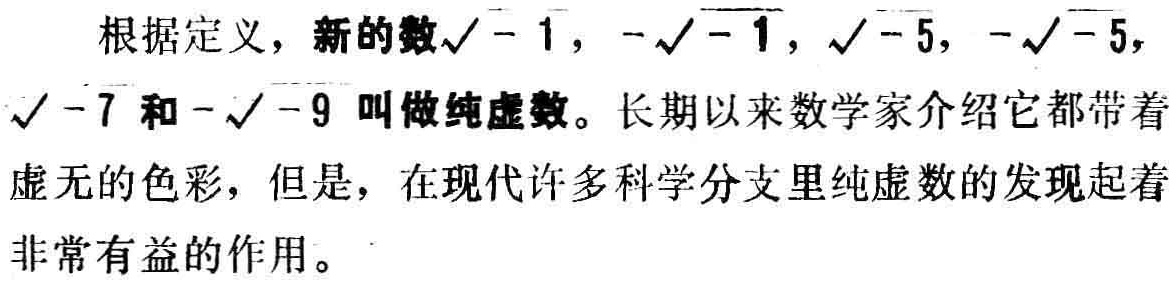
根据定义，新的数$\sqrt{-1}$，$-\sqrt{-1}$，$\sqrt{-5}$，$-\sqrt{-5}$，$\sqrt{-7}$和$-\sqrt{-9}$叫做纯虚数。长期以来数学家介绍它都带着虚无的色彩，但是，在现代许多科学分支里纯虚数的发现起着非常有益的作用。